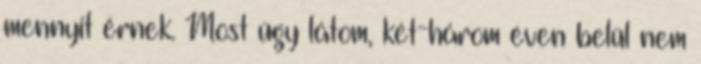
mennyit érnek. Most úgy látom, két-három éven belül nem